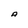
Character: A